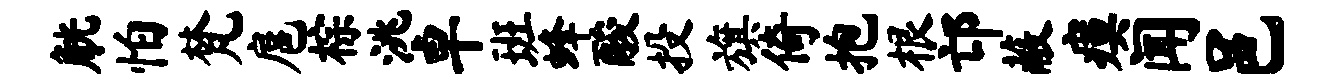
觥怕梵扈棕洮卓班蜂酸投旗倚抱根邙蔽瘼闻邑